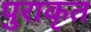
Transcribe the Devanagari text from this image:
पुराकृत